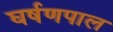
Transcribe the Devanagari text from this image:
घर्षणपाल